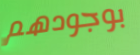
بوجودهم